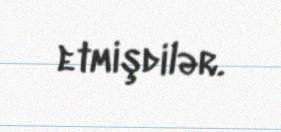
etmişdilər.